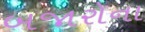
બજારોના